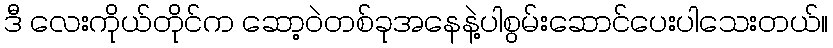
ဒီ လေးကိုယ်တိုင်က ဆော့ဝဲတစ်ခုအနေနဲ့ပါစွမ်းဆောင်ပေးပါသေးတယ်။